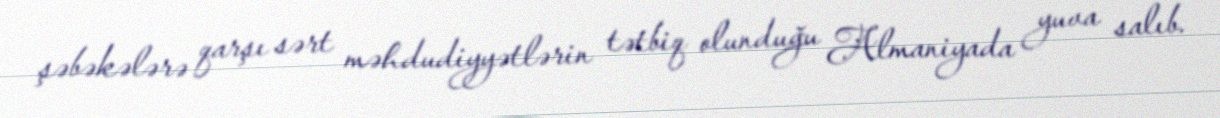
şəbəkələrə qarşı sərt məhdudiyyətlərin tətbiq olunduğu Almaniyada yuva salıb.